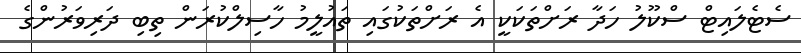
ސެޓެލައިޓް ސްކޫލު ހަދާ ރަށްތަކަކީ އެ ރަށްތަކުގައި ތައުލީމު ހާސިލްކުރަން ތިބި ދަރިވަރުންގެ